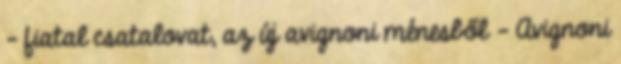
- fiatal csatalovat, az új avignoni ménesből - Avignoni